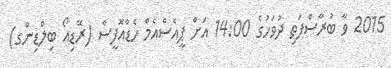
2015 ވާ ބުރާސްފަތި ދުވަހުގެ 14:00 އަށް ޕީއެސްއެމް ހެޑްއޮފީސް (ރޭޑިއޯ ބިލްޑިންގ)